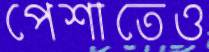
পেশাতেও